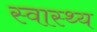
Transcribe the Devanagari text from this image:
स्‍वास्थ्य